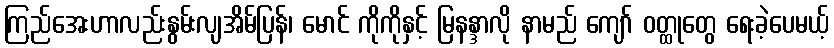
ကြည်အေးဟာလည်းနွမ်းလျအိမ်ပြန်၊ မောင် ကိုကိုနှင့် မြနန္ဒာလို နာမည် ကျော် ဝတ္ထုတွေ ရေးခဲ့ပေမယ့်